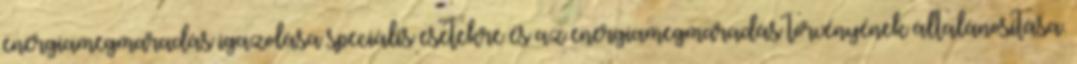
energiamegmaradás igazolása speciális esetekre és az energiamegmaradás törvényének általánosítása.